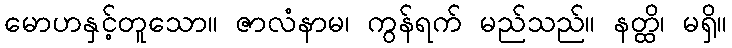
မောဟနှင့်တူသော။ ဇာလံနာမ၊ ကွန်ရက် မည်သည်။ နတ္ထိ၊ မရှိ။